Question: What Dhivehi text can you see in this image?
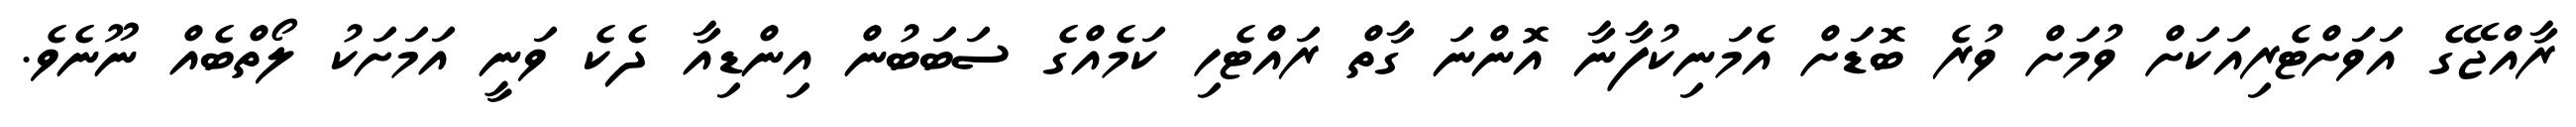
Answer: ރާއްޖޭގެ އަވަށްޓެރިއަކަށް ވުމަށް ވުރެ ބޮޑަށް އެމަނިކުފާނާ އޮންނަ ގާތް ރައްޓެހި ކަމެއްގެ ސަބަބުން އިންޑިއާ ދެކެ ވަނީ އަމަށަކު ލޯތްބެއް ނޫނެވެ.